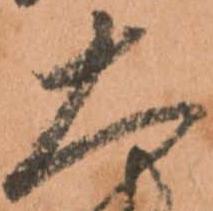
大